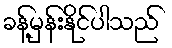
ခန့်မှန်းနိုင်ပါသည်